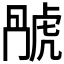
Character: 𬟬